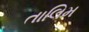
તાલિમ